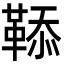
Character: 𩋅